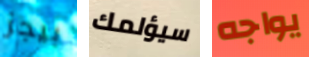
بيجز سيؤلمك يواجه